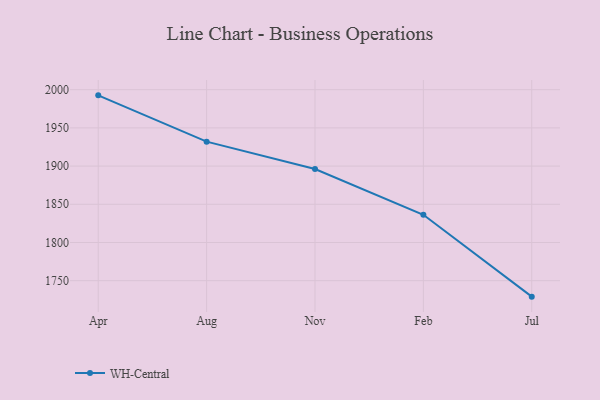
{"axis": {"x": "Month", "y": "Operating Costs (USD K)"}, "legend": ["WH-Central"], "data": [{"x": "Apr", "y": 1992.6, "type": "WH-Central"}, {"x": "Aug", "y": 1932.0, "type": "WH-Central"}, {"x": "Nov", "y": 1896.1, "type": "WH-Central"}, {"x": "Feb", "y": 1836.3, "type": "WH-Central"}, {"x": "Jul", "y": 1729.1, "type": "WH-Central"}]}